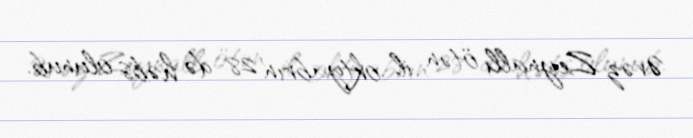
Əvəz Zeynallı ötən il oktyabrın 28-də həbs olunub.